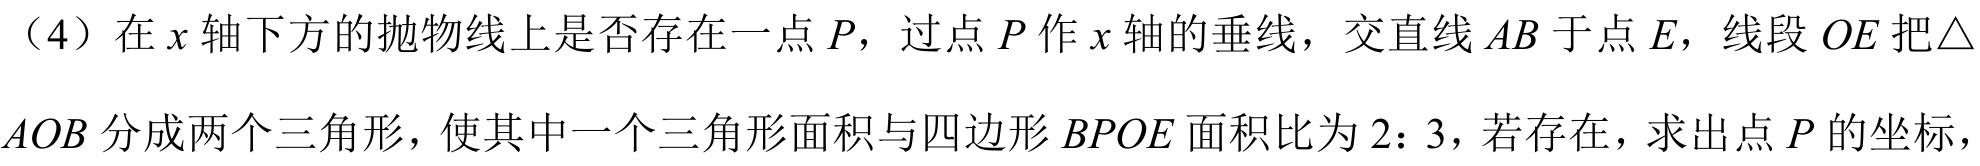
(4) 在\(x\)轴下方的抛物线上是否存在一点\(P\)，过点\(P\)作\(x\)轴的垂线，交直线\(AB\)于点\(E\)，线段\(OE\)把\(\triangle
AOB\)分成两个三角形，使其中一个三角形面积与四边形\(BPOE\)面积比为\(2:3\)，若存在，求出点\(P\)的坐标，